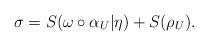
LaTeX: \begin{align*}\sigma= S(\omega\circ\alpha_U|\eta)+S(\rho_U).\end{align*}